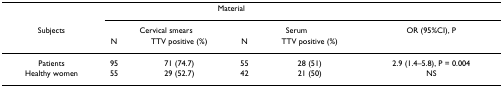
<table><thead><tr><td></td><td colspan="4"><b>Material</b></td><td></td></tr><tr><td><b>Subjects</b></td><td colspan="2"><b>Cervical smears</b></td><td colspan="2"><b>Serum</b></td><td><b>OR (95%CI), P</b></td></tr><tr><td></td><td><b>N</b></td><td><b>TTV positive (%)</b></td><td><b>N</b></td><td><b>TTV positive (%)</b></td><td></td></tr></thead><tbody><tr><td>Patients</td><td>95</td><td>71 (74.7)</td><td>55</td><td>28 (51)</td><td>2.9 (1.4–5.8), P = 0.004</td></tr><tr><td>Healthy women</td><td>55</td><td>29 (52.7)</td><td>42</td><td>21 (50)</td><td>NS</td></tr></tbody></table>